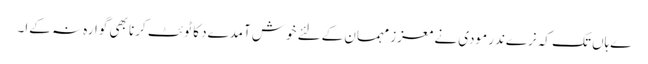
ےہاں تک کہ نرےندر مودی نے معزز مہمان کےلئے خوش آمدےد کا ٹوئٹ کرنا بھی گوارہ نہ کےا۔